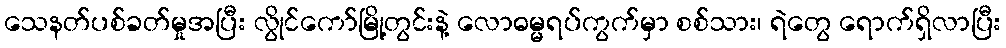
သေနတ်ပစ်ခတ်မှုအပြီး လွိုင်ကော်မြို့တွင်းနဲ့ လောဓမ္မရပ်ကွက်မှာ စစ်သား၊ ရဲတွေ ရောက်ရှိလာပြီး